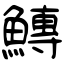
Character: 鱄